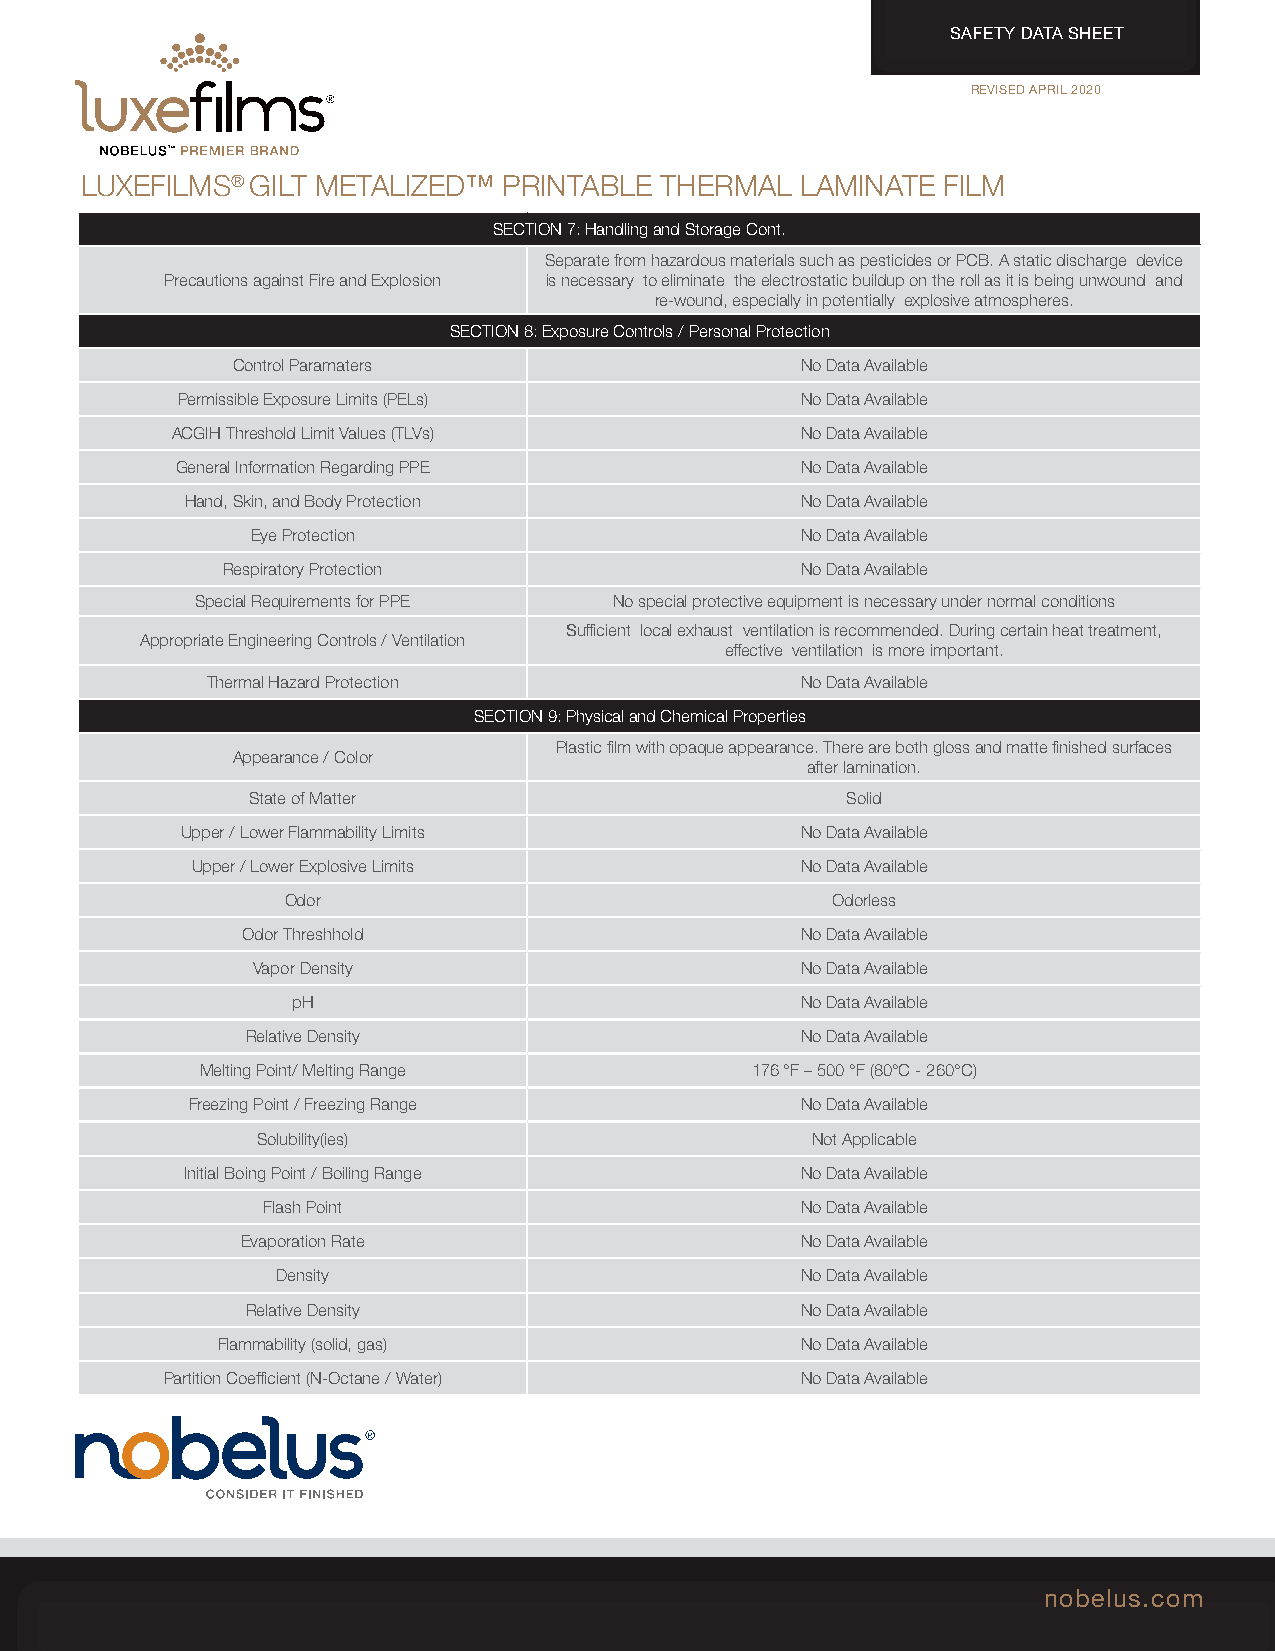
SAFETY DATA SHEET
 REVISED APRIL 2020
 LUXEFILMS®  GILT METALIZED™ PRINTABLE  THERMAL  LAMINATE FILM
 SECTION 7: Handling and Storage Cont.
 Separate from hazardous materials such as pesticides or PCB. A static discharge device
 Precautions against Fire and Explosion is necessary to eliminate the electrostatic buildup on the roll as it is being unwound and
 re-wound, especially in potentially explosive atmospheres.
 SECTION 8: Exposure Controls / Personal Protection
 Control Paramaters                    No Data Available
 Permissible Exposure Limits (PELs)       No Data Available
 ACGIH Threshold Limit Values (TLVs)       No Data Available
 General Information Regarding PPE        No Data Available
 Hand, Skin, and Body Protection          No Data Available
 Eye Protection                      No Data Available
 Respiratory Protection                No Data Available
 Special Requirements for PPE No special protective equipment is necessary under normal conditions
 Sufficient local exhaust ventilation is recommended. During certain heat treatment,
 Appropriate Engineering Controls / Ventilation
 effective ventilation is more important.
 Thermal Hazard Protection              No Data Available
 SECTION 9: Physical and Chemical Properties
 Plastic film with opaque appearance. There are both gloss and matte finished surfaces
 Appearance / Color
 after lamination.
 State of Matter                        Solid
 Upper / Lower Flammability Limits        No Data Available
 Upper / Lower Explosive Limits          No Data Available
 Odor                                Odorless
 Odor Threshhold                      No Data Available
 Vapor Density                       No Data Available
 pH                                No Data Available
 Relative Density                     No Data Available
 Melting Point/ Melting Range         176 °F – 500 °F (80°C - 260°C)
 Freezing Point / Freezing Range         No Data Available
 Solubility(ies)                      Not Applicable
 Initial Boing Point / Boiling Range      No Data Available
 Flash Point                         No Data Available
 Evaporation Rate                     No Data Available
 Density                            No Data Available
 Relative Density                     No Data Available
 Flammability (solid, gas)              No Data Available
 Partition Coefficient (N-Octane / Water)  No Data Available
 nobelus.com